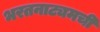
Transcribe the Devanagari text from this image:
भरतनाट्यमची